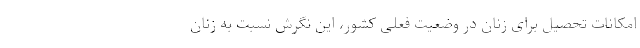
امکانات تحصیل برای زنان در وضعیت فعلی کشور، این نگرش نسبت به زنان